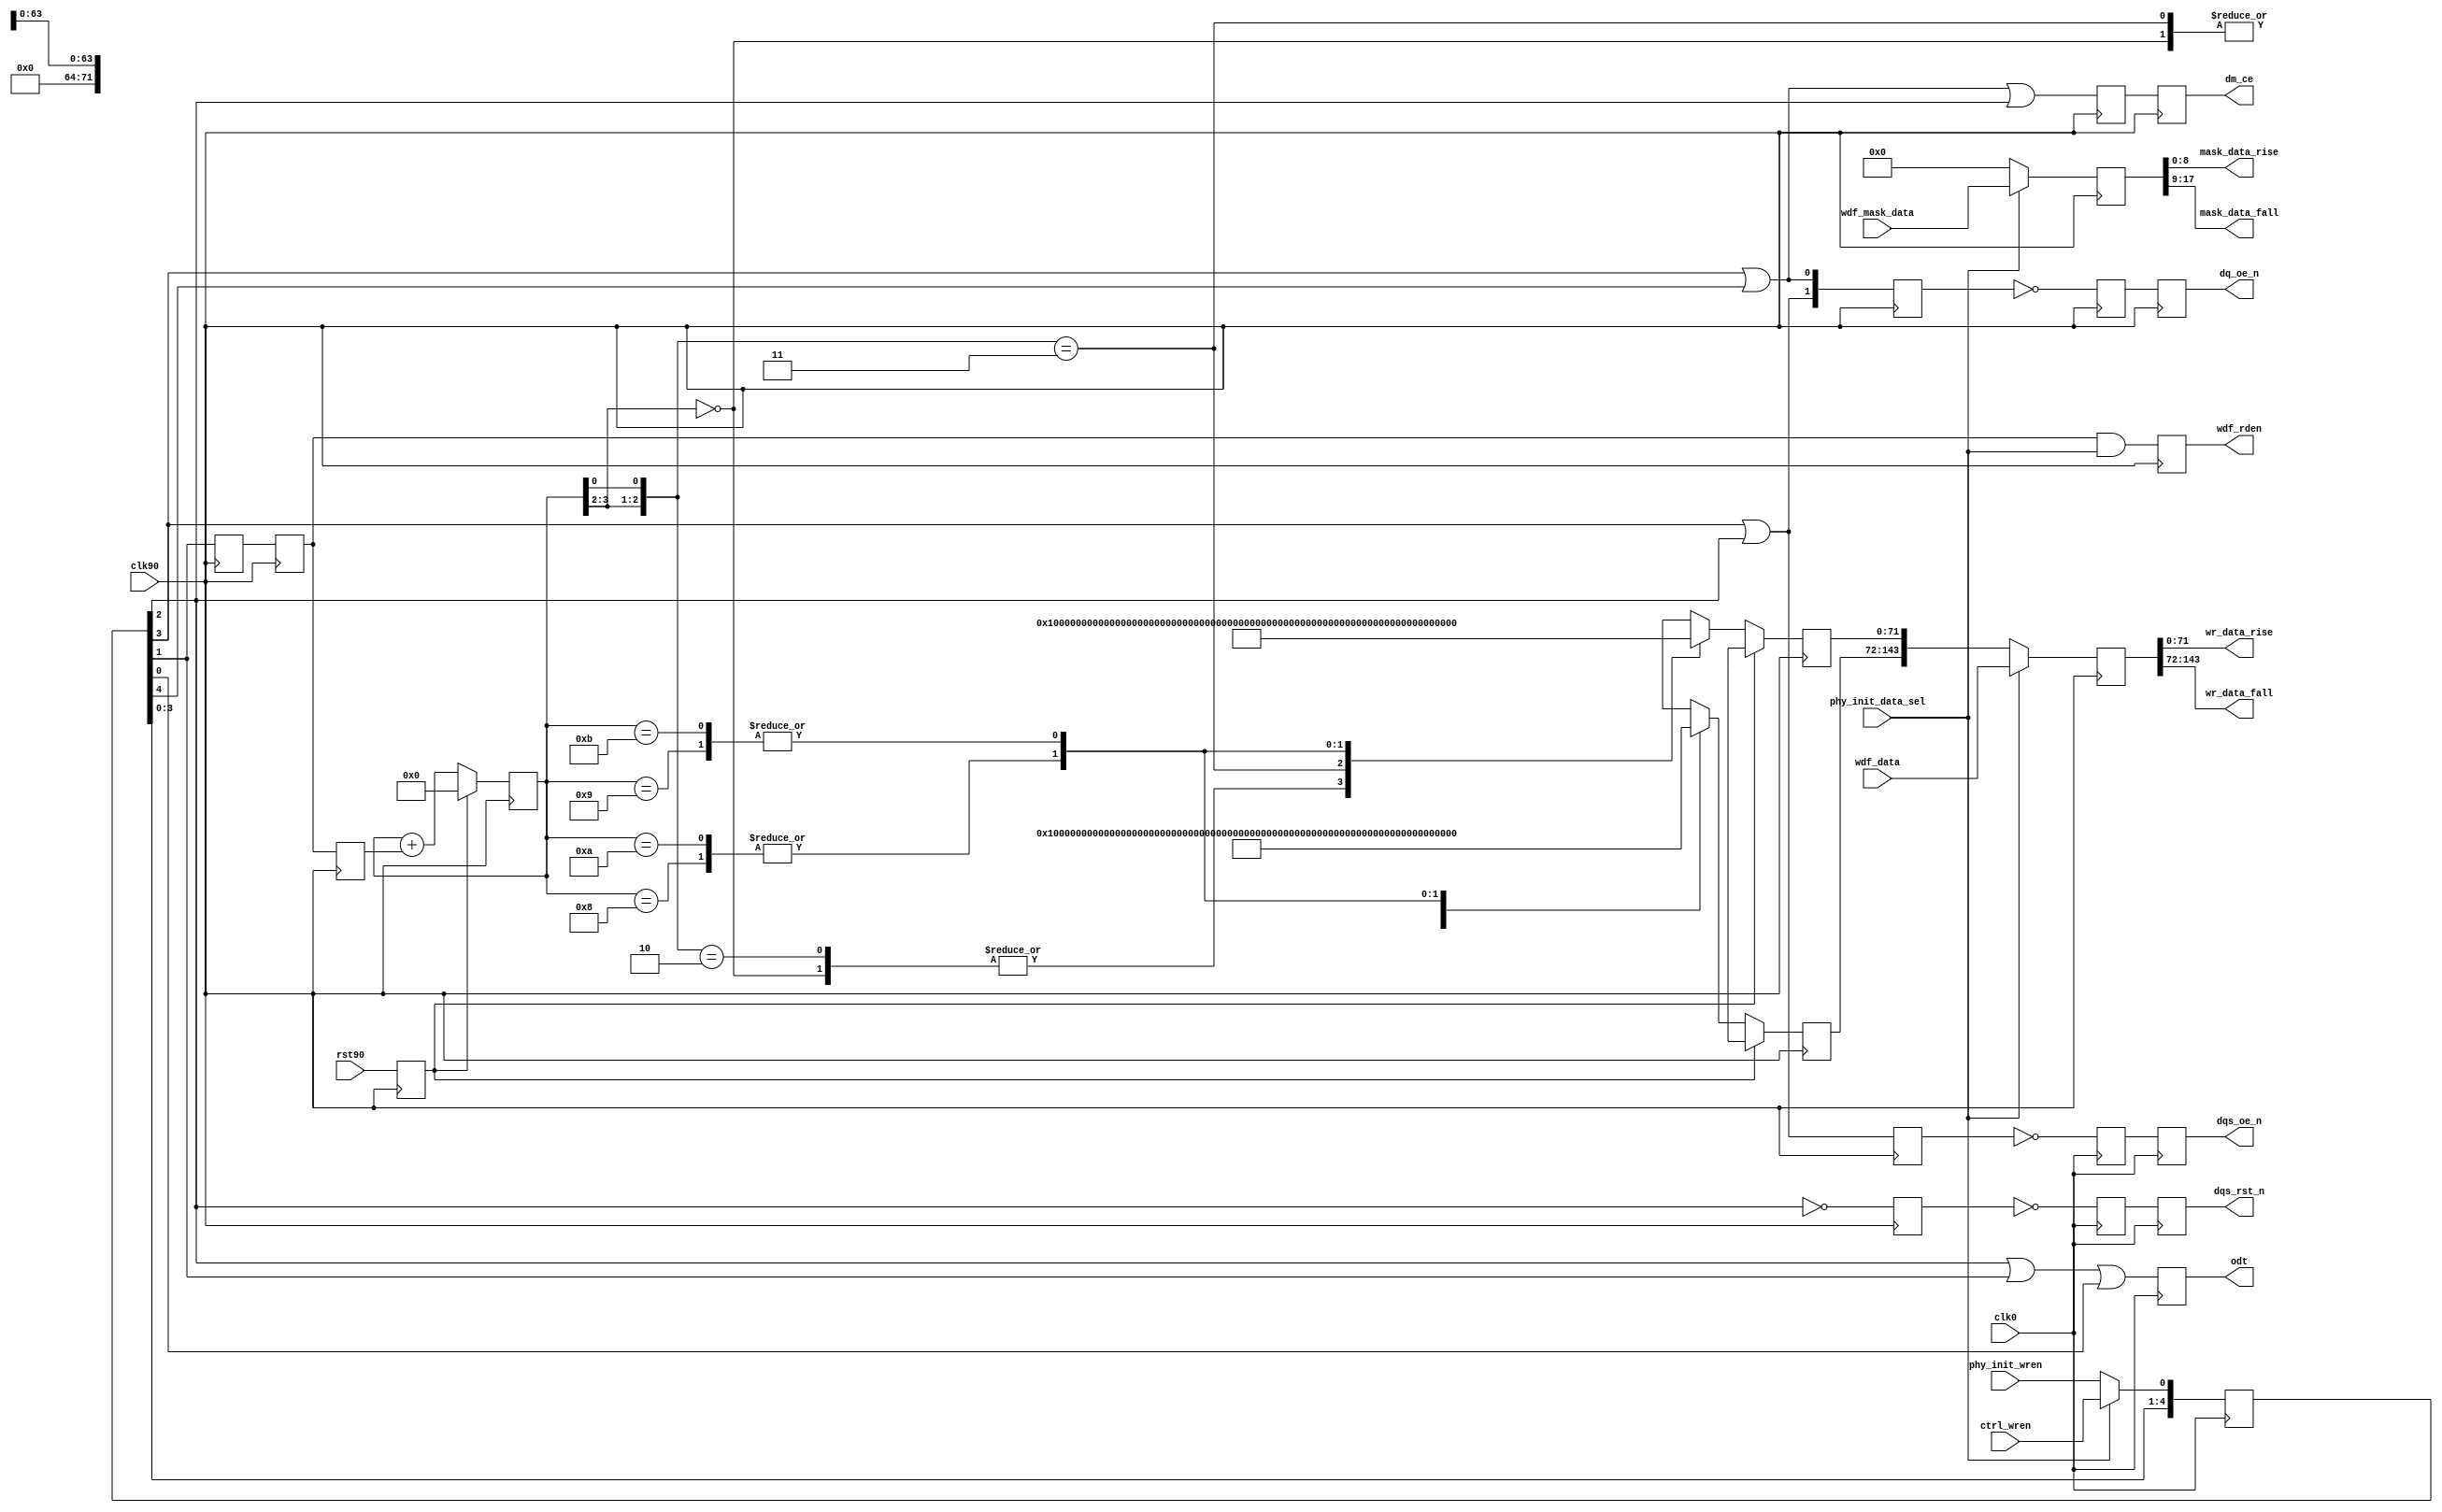
//*****************************************************************************
// DISCLAIMER OF LIABILITY
//
// This text/file contains proprietary, confidential
// information of Xilinx, Inc., is distributed under license
// from Xilinx, Inc., and may be used, copied and/or
// disclosed only pursuant to the terms of a valid license
// agreement with Xilinx, Inc. Xilinx hereby grants you a
// license to use this text/file solely for design, simulation,
// implementation and creation of design files limited
// to Xilinx devices or technologies. Use with non-Xilinx
// devices or technologies is expressly prohibited and
// immediately terminates your license unless covered by
// a separate agreement.
//
// Xilinx is providing this design, code, or information
// "as-is" solely for use in developing programs and
// solutions for Xilinx devices, with no obligation on the
// part of Xilinx to provide support. By providing this design,
// code, or information as one possible implementation of
// this feature, application or standard, Xilinx is making no
// representation that this implementation is free from any
// claims of infringement. You are responsible for
// obtaining any rights you may require for your implementation.
// Xilinx expressly disclaims any warranty whatsoever with
// respect to the adequacy of the implementation, including
// but not limited to any warranties or representations that this
// implementation is free from claims of infringement, implied
// warranties of merchantability or fitness for a particular
// purpose.
//
// Xilinx products are not intended for use in life support
// appliances, devices, or systems. Use in such applications is
// expressly prohibited.
//
// Any modifications that are made to the Source Code are
// done at the users sole risk and will be unsupported.
//
// Copyright (c) 2006-2007 Xilinx, Inc. All rights reserved.
//
// This copyright and support notice must be retained as part
// of this text at all times.
//*****************************************************************************
//   ____  ____
//  /   /\/   /
// /___/  \  /    Vendor: Xilinx
// \   \   \/     Version: 2.3
//  \   \         Application: MIG
//  /   /         Filename: ddr2_phy_write.v
// /___/   /\     Date Last Modified: $Date: 2008/07/29 15:24:03 $
// \   \  /  \    Date Created: Thu Aug 24 2006
//  \___\/\___\
//
//Device: Virtex-5
//Design Name: DDR2
//Purpose:
//Reference:
//   Handles delaying various write control signals appropriately depending
//   on CAS latency, additive latency, etc. Also splits the data and mask in
//   rise and fall buses.
//Revision History:
//   Rev 1.1 - For Dual Rank parts support ODT logic corrected. PK. 08/05/08
//*****************************************************************************

`timescale 1ns/1ps

module ddr2_phy_write #
  (
   // Following parameters are for 72-bit RDIMM design (for ML561 Reference
   // board design). Actual values may be different. Actual parameters values
   // are passed from design top module ddr2_sdram module. Please refer to
   // the ddr2_sdram module for actual values.
   parameter DQ_WIDTH      = 72,
   parameter CS_NUM        = 1,
   parameter ADDITIVE_LAT  = 0,
   parameter CAS_LAT       = 5,
   parameter ECC_ENABLE    = 0,
   parameter ODT_TYPE      = 1,
   parameter REG_ENABLE    = 1,
   parameter DDR_TYPE      = 1
   )
  (
   input                       clk0,
   input                       clk90,
   input                       rst90,
   input [(2*DQ_WIDTH)-1:0]    wdf_data,
   input [(2*DQ_WIDTH/8)-1:0]  wdf_mask_data,
   input                       ctrl_wren,
   input                       phy_init_wren,
   input                       phy_init_data_sel,
   output reg                  dm_ce,
   output reg [1:0]            dq_oe_n,
   output reg                  dqs_oe_n ,
   output reg                  dqs_rst_n ,
   output                      wdf_rden,
   output reg [CS_NUM-1:0]     odt ,
   output [DQ_WIDTH-1:0]       wr_data_rise,
   output [DQ_WIDTH-1:0]       wr_data_fall,
   output [(DQ_WIDTH/8)-1:0]   mask_data_rise,
   output [(DQ_WIDTH/8)-1:0]   mask_data_fall
   );

  localparam   MASK_WIDTH               = DQ_WIDTH/8;
  localparam   DDR1                     = 0;
  localparam   DDR2                     = 1;
  localparam   DDR3                     = 2;

  // (MIN,MAX) value of WR_LATENCY for DDR1:
  //   REG_ENABLE   = (0,1)
  //   ECC_ENABLE   = (0,1)
  //   Write latency = 1
  //   Total: (1,3)
  // (MIN,MAX) value of WR_LATENCY for DDR2:
  //   REG_ENABLE   = (0,1)
  //   ECC_ENABLE   = (0,1)
  //   Write latency = ADDITIVE_CAS + CAS_LAT - 1 = (0,4) + (3,5) - 1 = (2,8)
  //     ADDITIVE_LAT = (0,4) (JEDEC79-2B)
  //     CAS_LAT      = (3,5) (JEDEC79-2B)
  //   Total: (2,10)
  localparam WR_LATENCY = (DDR_TYPE == DDR3) ?
             (ADDITIVE_LAT + (CAS_LAT) + REG_ENABLE ) :
             (DDR_TYPE == DDR2) ?
             (ADDITIVE_LAT + (CAS_LAT-1) + REG_ENABLE ) :
             (1 + REG_ENABLE );

  // NOTE that ODT timing does not need to be delayed for registered
  // DIMM case, since like other control/address signals, it gets
  // delayed by one clock cycle at the DIMM
  localparam ODT_WR_LATENCY = WR_LATENCY - REG_ENABLE;

  wire                     dm_ce_0;
  reg                      dm_ce_r;
  wire [1:0]               dq_oe_0;
  reg [1:0]                dq_oe_n_90_r1;
  reg [1:0]                dq_oe_270;
  wire                     dqs_oe_0;
  reg                      dqs_oe_270;
  reg                      dqs_oe_n_180_r1;
  wire                     dqs_rst_0;
  reg                      dqs_rst_n_180_r1;
  reg                      dqs_rst_270;
  reg                      ecc_dm_error_r;
  reg                      ecc_dm_error_r1;
  reg [(DQ_WIDTH-1):0]     init_data_f;
  reg [(DQ_WIDTH-1):0]     init_data_r;
  reg [3:0]                init_wdf_cnt_r;
  wire                     odt_0;
  reg                      rst90_r /* synthesis syn_maxfan = 10 */;
  reg [10:0]               wr_stages ;
  reg [(2*DQ_WIDTH)-1:0]   wdf_data_r;
  reg [(2*DQ_WIDTH/8)-1:0] wdf_mask_r;
  wire [(2*DQ_WIDTH/8)-1:0] wdf_ecc_mask;

  reg [(2*DQ_WIDTH/8)-1:0] wdf_mask_r1;
  wire                     wdf_rden_0;
  reg                      calib_rden_90_r;
  reg                      wdf_rden_90_r;
  reg                      wdf_rden_90_r1;
  reg                      wdf_rden_270;

  always @(posedge clk90)
      rst90_r <= rst90;

  //***************************************************************************
  // Analysis of additional pipeline delays:
  //   1. dq_oe (DQ 3-state): 1 CLK90 cyc in IOB 3-state FF
  //   2. dqs_oe (DQS 3-state): 1 CLK180 cyc in IOB 3-state FF
  //   3. dqs_rst (DQS output value reset): 1 CLK180 cyc in FF + 1 CLK180 cyc
  //      in IOB DDR
  //   4. odt (ODT control): 1 CLK0 cyc in IOB FF
  //   5. write data (output two cyc after wdf_rden - output of RAMB_FIFO w/
  //      output register enabled): 2 CLK90 cyc in OSERDES
  //***************************************************************************

  // DQS 3-state must be asserted one extra clock cycle due b/c of write
  // pre- and post-amble (extra half clock cycle for each)
  assign dqs_oe_0 = wr_stages[WR_LATENCY-1] | wr_stages[WR_LATENCY-2];

  // same goes for ODT, need to handle both pre- and post-amble (generate
  // ODT only for DDR2)
  // ODT generation for DDR2 based on write latency. The MIN write
  // latency is 2. Based on the write latency ODT is asserted.
  generate
    if ((DDR_TYPE != DDR1) && (ODT_TYPE > 0))begin: gen_odt_ddr2
       if(ODT_WR_LATENCY > 2)
         assign odt_0 =
                   wr_stages[ODT_WR_LATENCY-1] |
                   wr_stages[ODT_WR_LATENCY-2] |
                   wr_stages[ODT_WR_LATENCY-3] ;
       else
         assign odt_0 =
                  wr_stages[ODT_WR_LATENCY] |
                  wr_stages[ODT_WR_LATENCY-1] |
                  wr_stages[ODT_WR_LATENCY-2] ;
    end else
      assign odt_0 = 1'b0;
   endgenerate

  assign dq_oe_0[0]   = wr_stages[WR_LATENCY-1] | wr_stages[WR_LATENCY];
  assign dq_oe_0[1]   = wr_stages[WR_LATENCY-1] | wr_stages[WR_LATENCY-2];
  assign dqs_rst_0    = ~wr_stages[WR_LATENCY-2];
  assign dm_ce_0      = wr_stages[WR_LATENCY] | wr_stages[WR_LATENCY-1]
                        | wr_stages[WR_LATENCY-2];

  // write data fifo, read flag assertion
  generate
    if (DDR_TYPE != DDR1) begin: gen_wdf_ddr2
      if (WR_LATENCY > 2)
        assign wdf_rden_0 = wr_stages[WR_LATENCY-3];
      else
        assign wdf_rden_0 = wr_stages[WR_LATENCY-2];
    end else begin: gen_wdf_ddr1
      assign wdf_rden_0 = wr_stages[WR_LATENCY-2];
    end
  endgenerate

  // first stage isn't registered
  always @(*)
    wr_stages[0] = (phy_init_data_sel) ? ctrl_wren : phy_init_wren;

  always @(posedge clk0) begin
    wr_stages[1] <= wr_stages[0];
    wr_stages[2] <= wr_stages[1];
    wr_stages[3] <= wr_stages[2];
    wr_stages[4] <= wr_stages[3];
    wr_stages[5] <= wr_stages[4];
    wr_stages[6] <= wr_stages[5];
    wr_stages[7] <= wr_stages[6];
    wr_stages[8] <= wr_stages[7];
    wr_stages[9] <= wr_stages[8];
    wr_stages[10] <= wr_stages[9];
  end

  // intermediate synchronization to CLK270
  always @(negedge clk90) begin
    dq_oe_270         <= dq_oe_0;
    dqs_oe_270        <= dqs_oe_0;
    dqs_rst_270       <= dqs_rst_0;
    wdf_rden_270      <= wdf_rden_0;
  end

  // synchronize DQS signals to CLK180
  always @(negedge clk0) begin
    dqs_oe_n_180_r1  <= ~dqs_oe_270;
    dqs_rst_n_180_r1 <= ~dqs_rst_270;
  end

  // All write data-related signals synced to CLK90
  always @(posedge clk90) begin
    dq_oe_n_90_r1  <= ~dq_oe_270;
    wdf_rden_90_r  <= wdf_rden_270;
  end

  // generate for wdf_rden and calib rden. These signals
  // are asserted based on write latency. For write
  // latency of 2, the extra register stage is taken out.
  generate
   if (WR_LATENCY > 2) begin
     always @(posedge clk90) begin
        // assert wdf rden only for non calibration opertations
        wdf_rden_90_r1 <=  wdf_rden_90_r &
                           phy_init_data_sel;
        // rden for calibration
        calib_rden_90_r <= wdf_rden_90_r;
     end
   end else begin
     always @(*) begin
        wdf_rden_90_r1 = wdf_rden_90_r
                         & phy_init_data_sel;
        calib_rden_90_r = wdf_rden_90_r;
     end
  end // else: !if(WR_LATENCY > 2)
  endgenerate

  // dm CE signal to stop dm oscilation
  always @(negedge clk90)begin
    dm_ce_r <= dm_ce_0;
    dm_ce <= dm_ce_r;
  end

  // When in ECC mode the upper byte [71:64] will have the
  // ECC parity. Mapping the bytes which have valid data
  // to the upper byte in ecc mode. Also in ecc mode there
  // is an extra register stage to account for timing.

  genvar mask_i;
  generate
    if(ECC_ENABLE) begin
      for (mask_i  = 0; mask_i < (2*DQ_WIDTH)/72;
          mask_i = mask_i+1) begin: gen_mask
       assign wdf_ecc_mask[((mask_i*9)+9)-1:(mask_i*9)] =
                {&wdf_mask_data[(mask_i*8)+(7+mask_i):mask_i*9],
                wdf_mask_data[(mask_i*8)+(7+mask_i):mask_i*9]};
      end
    end
   endgenerate

  generate
    if (ECC_ENABLE) begin:gen_ecc_reg
       always @(posedge clk90)begin
          if(phy_init_data_sel)
               wdf_mask_r <= wdf_ecc_mask;
          else
             wdf_mask_r <= {(2*DQ_WIDTH/8){1'b0}};
      end       
    end else begin
      always@(posedge clk90) begin
        if (phy_init_data_sel)
          wdf_mask_r <= wdf_mask_data;
        else
          wdf_mask_r <= {(2*DQ_WIDTH/8){1'b0}};
      end
    end
  endgenerate

   always @(posedge clk90) begin
      if(phy_init_data_sel)
          wdf_data_r <= wdf_data;
      else
          wdf_data_r <={init_data_f,init_data_r};
   end

  // Error generation block during simulation.
  // Error will be displayed when all the DM
  // bits are not zero. The error will be
  // displayed only during the start of the sequence
  // for errors that are continous over many cycles.
  generate
    if (ECC_ENABLE) begin: gen_ecc_error
      always @(posedge clk90) begin
        //synthesis translate_off
        wdf_mask_r1 <= wdf_mask_r;
        if(DQ_WIDTH > 72)
           ecc_dm_error_r
              <= (
              (~wdf_mask_r1[35] && (|wdf_mask_r1[34:27])) ||
              (~wdf_mask_r1[26] && (|wdf_mask_r1[25:18])) ||
              (~wdf_mask_r1[17] && (|wdf_mask_r1[16:9])) ||
              (~wdf_mask_r1[8] &&  (|wdf_mask_r1[7:0]))) && phy_init_data_sel;
         else
            ecc_dm_error_r
              <= ((~wdf_mask_r1[17] && (|wdf_mask_r1[16:9])) ||
              (~wdf_mask_r1[8] &&  (|wdf_mask_r1[7:0]))) && phy_init_data_sel;
        ecc_dm_error_r1 <= ecc_dm_error_r ;
        if (ecc_dm_error_r && ~ecc_dm_error_r1) // assert the error only once.
          $display ("ECC DM ERROR. ");
        //synthesis translate_on
      end
    end
  endgenerate

  //***************************************************************************
  // State logic to write calibration training patterns
  //***************************************************************************

  always @(posedge clk90) begin
    if (rst90_r) begin
      init_wdf_cnt_r  <= 4'd0;
      init_data_r <= {64{1'bx}};
      init_data_f <= {64{1'bx}};
    end else begin
      init_wdf_cnt_r  <= init_wdf_cnt_r + calib_rden_90_r;
      casex (init_wdf_cnt_r)
        // First stage calibration. Pattern (rise/fall) = 1(r)->0(f)
        // The rise data and fall data are already interleaved in the manner
        // required for data into the WDF write FIFO
        4'b00xx: begin
          init_data_r <= {DQ_WIDTH{1'b1}};
          init_data_f <= {DQ_WIDTH{1'b0}};
        end
        // Second stage calibration. Pattern = 1(r)->1(f)->0(r)->0(f)
        4'b01x0: begin
           init_data_r <= {DQ_WIDTH{1'b1}};
           init_data_f <= {DQ_WIDTH{1'b1}};
          end
        4'b01x1: begin
           init_data_r <= {DQ_WIDTH{1'b0}};
           init_data_f <= {DQ_WIDTH{1'b0}};
        end
	// MIG 2.1: Changed Stage 3/4 training pattern
        // Third and fourth stage calibration patern = 
	//   11(r)->ee(f)->ee(r)->11(f)-11(r)->ee(f)->ee(r)->11(f)
        4'b1000: begin
          init_data_r <= {DQ_WIDTH/4{4'h1}};
          init_data_f <= {DQ_WIDTH/4{4'hE}};
        end
        4'b1001: begin
          init_data_r <= {DQ_WIDTH/4{4'hE}};
          init_data_f <= {DQ_WIDTH/4{4'h1}};
          end
        4'b1010: begin
          init_data_r <= {(DQ_WIDTH/4){4'h1}};
          init_data_f <= {(DQ_WIDTH/4){4'hE}};
        end
        4'b1011: begin
          init_data_r <= {(DQ_WIDTH/4){4'hE}};
          init_data_f <= {(DQ_WIDTH/4){4'h1}};
         end
        default: begin
          init_data_f <= {(2*DQ_WIDTH){1'bx}};
          init_data_r <= {(2*DQ_WIDTH){1'bx}};
        end
      endcase
    end
  end

  //***************************************************************************

  always @(posedge clk90)
    dq_oe_n   <= dq_oe_n_90_r1;

  always @(negedge clk0)
    dqs_oe_n  <= dqs_oe_n_180_r1;

  always @(negedge clk0)
    dqs_rst_n <= dqs_rst_n_180_r1;

  // generate for odt. odt is asserted based on
  //  write latency. For write latency of 2
  //  the extra register stage is taken out.
  generate
    if (ODT_WR_LATENCY > 2) begin
      always @(posedge clk0) begin
        odt    <= 'b0;
        odt[0] <= odt_0;
      end
    end else begin
      always @ (*) begin
        odt = 'b0;
        odt[0] = odt_0;
      end
    end
  endgenerate

  assign wdf_rden  = wdf_rden_90_r1;

  //***************************************************************************
  // Format write data/mask: Data is in format: {fall, rise}
  //***************************************************************************

  assign wr_data_rise = wdf_data_r[DQ_WIDTH-1:0];
  assign wr_data_fall = wdf_data_r[(2*DQ_WIDTH)-1:DQ_WIDTH];
  assign mask_data_rise = wdf_mask_r[MASK_WIDTH-1:0];
  assign mask_data_fall = wdf_mask_r[(2*MASK_WIDTH)-1:MASK_WIDTH];

endmodule